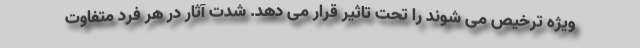
ویژه ترخیص می شوند را تحت تاثیر قرار می دهد. شدت آثار در هر فرد متفاوت